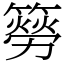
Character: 簩